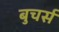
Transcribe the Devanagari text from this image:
बुचर्स